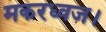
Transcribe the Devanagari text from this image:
मकरध्वज।